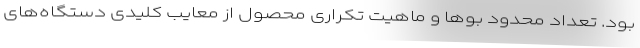
بود. تعداد محدود بوها و ماهیت تکراری محصول از معایب کلیدی دستگاه‌های